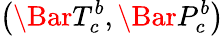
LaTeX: \left(\Bar{T}_{c}^{b},\Bar{P}_{c}^{b}\right)